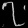
Digit: ၇